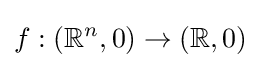
f:(\mathbb {R} ^{n},0)\to (\mathbb {R} ,0)